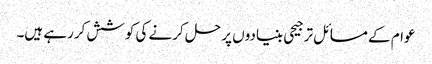
عوام کے مسائل ترجیحی بنیادوں پر حل کرنے کی کوشش کررہے ہیں۔